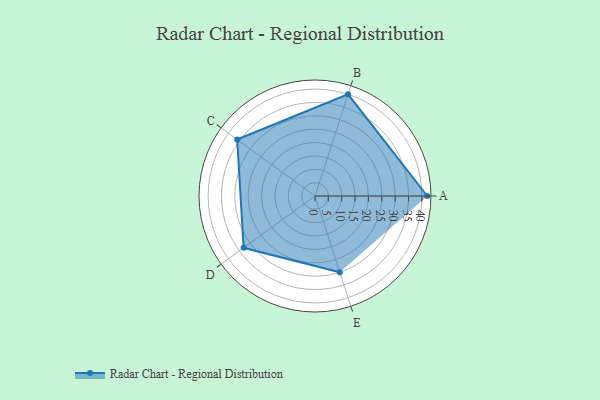
{"axis": {"x": "Skill", "y": "Score"}, "legend": ["Profile"], "data": [{"x": "A", "y": 42.0, "type": "Profile"}, {"x": "B", "y": 40.0, "type": "Profile"}, {"x": "C", "y": 36.0, "type": "Profile"}, {"x": "D", "y": 33.0, "type": "Profile"}, {"x": "E", "y": 30.0, "type": "Profile"}]}